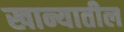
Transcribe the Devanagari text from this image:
खान्यातील